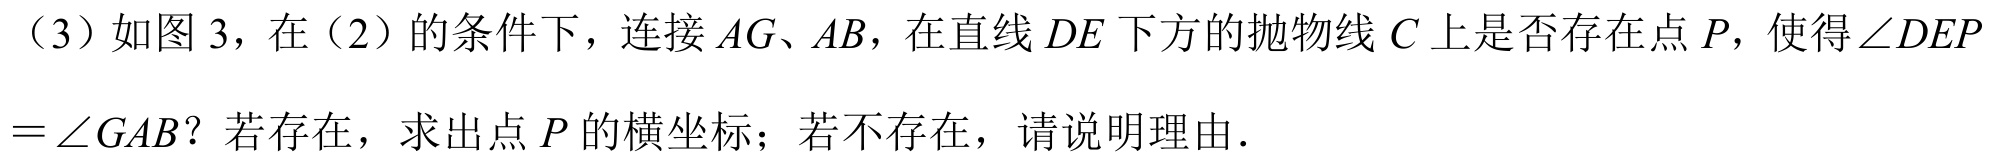
（3）如图 3，在（2）的条件下，连接 \(AG、AB\)，在直线 \(DE\) 下方的抛物线 \(C\) 上是否存在点 \(P\)，使得\(\angle DEP=\angle GAB\)？若存在，求出点 \(P\) 的横坐标；若不存在，请说明理由．